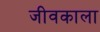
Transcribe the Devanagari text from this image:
जीवकाला